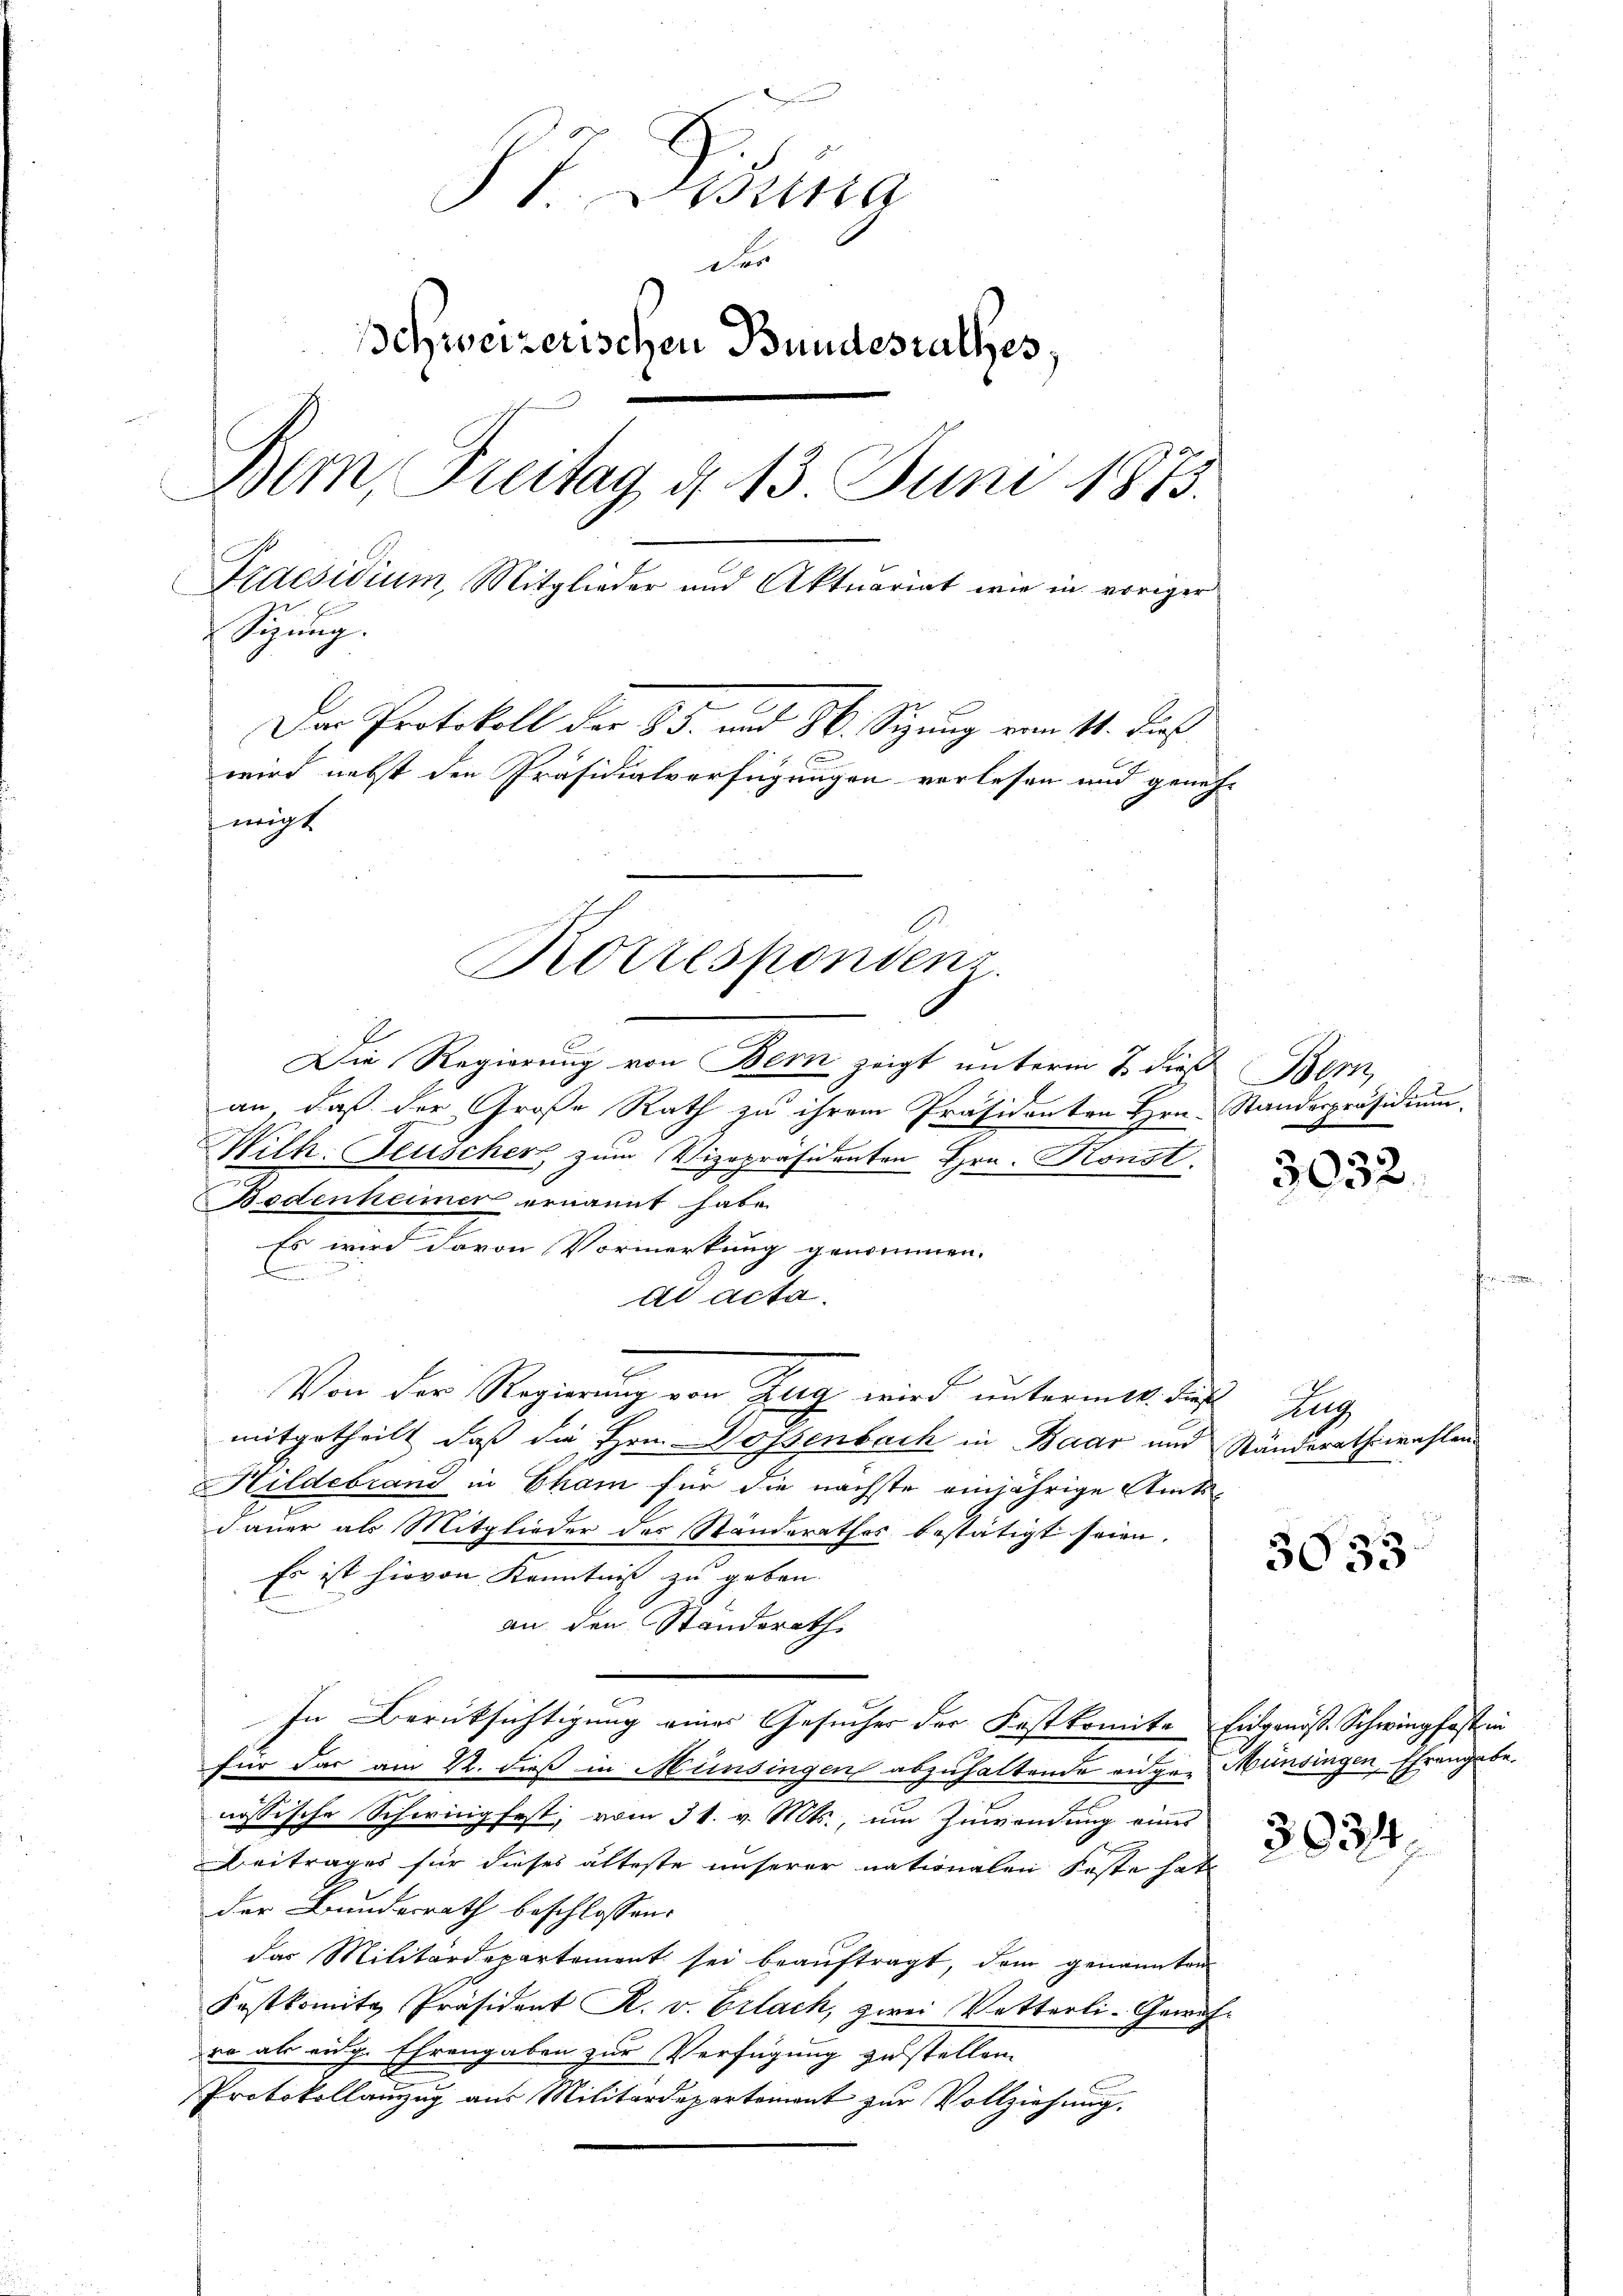
87. Disena
De
Ichweizerischen Bundesrathes,
Bern, Freitag d. 13 Juni 1873.
Praesidium, Mitglieder und Aktuariat wie in voriger
Sizung.
Der Protokoll der 65. und M. Sitzung vom 14. dieß
4 x
wird nebst den Präsidialverfügungen verlesen und geneh-
wigt

Die Regierung von Bern zeigt unterm 2 dieß Bern,
an, daß der Große Rath zu ihrem Präsidenten Hrn. Standespräsidium.
Hilk. Neuscher zum Vizepräsidenten Hrn. Konst.
Bedenheimer ernannt habe.
Es wird davon Vormerkung genommen.
d
ad acta.
Von der Regierung von Zug wird untermit die Zug
mitgetheilt, daß die Hrn. Dossenbach in Baar und Ständerathswahlen
Hildebrand in Cham für die nächste einjährige Amtsdauer als Mitglieder des Standerathes bestätigt seien.
Es ist hievon Kenntniß zu geben.
an den Standerath.
In Berücksichtigung eines Gesucher der Festkomite Eidgenöß Schwingfast in
für das am 22. dieß in Münsingen abzuhaltende eigen Münsingen, Ehrengabe.
nössische Schwingfest, vom 31. v. Mts., um Zuwendung eines
Beitrages für dieses älteste unserer nationalen Feste hat
der Bundesrath beschlossen:
das Militärdepartement sei beaŭftragt, dem genannten
Festkomite Präsident R. v. Erlach, zwei Vetterli-Gewich-
ro als eidg. Ehrengaben zur Verfügung zu stellen.
Protokollanzug aus Militärdepartement zur Vollziehung.

Korresponden

3032.

3033

3034.